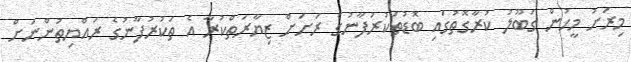
މިރަށު މީހުން ގަބޫލު ކުރާގޮތުގައި ބޮޑުތަކުރުފާނުގެ ރަށަށް ޒިޔާރަތްކުރާ އެ ތަކުރުފާނުގެ ރައްޔިތުންނަށް